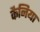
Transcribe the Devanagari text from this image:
कैनिया